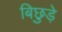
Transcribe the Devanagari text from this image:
बिछुड़े